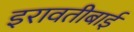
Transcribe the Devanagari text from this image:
इरावतीबाई